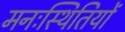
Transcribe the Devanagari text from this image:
मनःस्थितियों